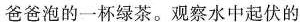
爸爸泡的一杯绿茶。观察水中起伏的